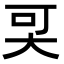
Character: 𡘀